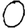
Digit: 0